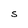
Character: S